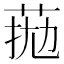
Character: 𦰖